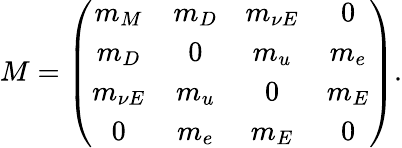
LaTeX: M=\left(\begin{array}{cccc}{{m_{M}}}&{{m_{D}}}&{{m_{\nu E}}}&{{0}}\\ {{m_{D}}}&{{0}}&{{m_{u}}}&{{m_{e}}}\\ {{m_{\nu E}}}&{{m_{u}}}&{{0}}&{{m_{E}}}\\ {{0}}&{{m_{e}}}&{{m_{E}}}&{{0}}\end{array}\right).